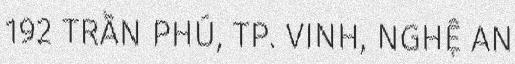
192 TRẦN PHÚ, TP. VINH, NGHỆ AN